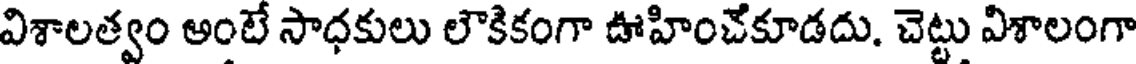
విశాలత్వం అంటే సాధకులు లౌకికంగా ఊహించేకూడదు. చెట్టు విశాలంగా